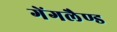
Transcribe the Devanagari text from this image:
गेंगलैण्ड